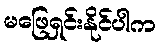
မဖြေရှင်းနိုင်ပါက